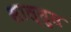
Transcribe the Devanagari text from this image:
साल्सुस